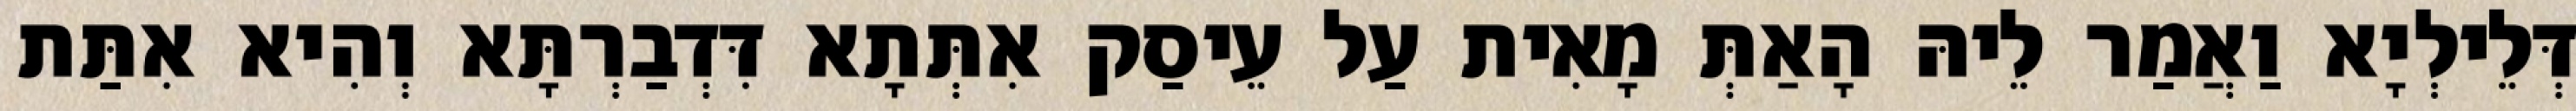
דְּלֵילְיָא וַאֲמַר לֵיהּ הָאַתְּ מָאִית עַל עֵיסַק אִתְּתָא דִּדְבַרְתָּא וְהִיא אִתַּת